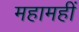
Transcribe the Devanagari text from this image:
महामहीं